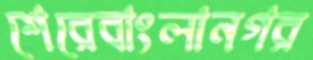
শেরেবাংলানগর